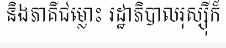
និងភាគីជម្លោះ រដ្ឋាភិបាលរុស្ស៊ីក៏